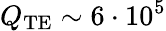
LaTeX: Q_{\mathrm{TE}}\sim 6\cdot 10^{5}